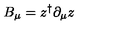
B _ { \mu } = z ^ { \dagger } \partial _ { \mu } z